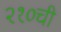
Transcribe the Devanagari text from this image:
२१०ची